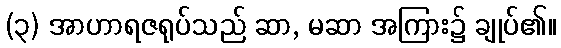
(၃) အာဟာရဇရုပ်သည် ဆာ, မဆာ အကြား၌ ချုပ်၏။